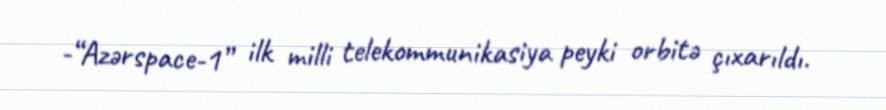
-“Azərspace-1” ilk milli telekommunikasiya peyki orbitə çıxarıldı.